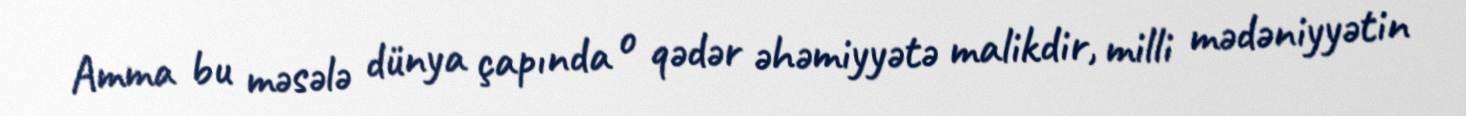
Amma bu məsələ dünya çapında o qədər əhəmiyyətə malikdir, milli mədəniyyətin